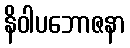
နိဝါပဘောဇနာ